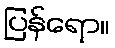
ပြန်ရော။